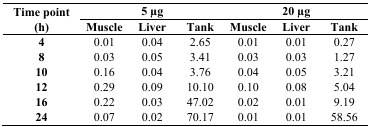
| <ROWSPAN=2> Time point (h) | <COLSPAN=3> 5 μg | <COLSPAN=3> 20 μg |
 | Muscle | Liver | Tank | Muscle | Liver | Tank |
 | --- | --- | --- | --- | --- | --- | --- |
 | 4 | 0.01 | 0.04 | 2.65 | 0.01 | 0.01 | 0.27 |
 | 8 | 0.03 | 0.05 | 3.41 | 0.03 | 0.03 | 1.27 |
 | 10 | 0.16 | 0.04 | 3.76 | 0.04 | 0.05 | 3.21 |
 | 12 | 0.29 | 0.09 | 10.10 | 0.10 | 0.08 | 5.04 |
 | 16 | 0.22 | 0.03 | 47.02 | 0.02 | 0.01 | 9.19 |
 | 24 | 0.07 | 0.02 | 70.17 | 0.01 | 0.01 | 58.56 |